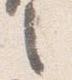
之